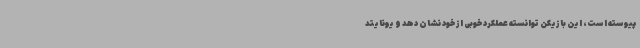
پیوسته است، این بازیکن توانسته عملکرد خوبی از خود نشان دهد و یونایتد